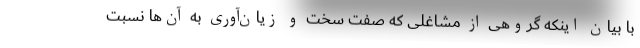
با بیان اینکه گروهی از مشاغلی که صفت سخت و زیان‌آوری به آن‌ها نسبت